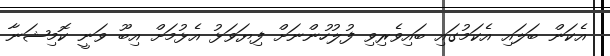
އެކަން ބަލައި އެކަމުގައި ބައިވެރިވި ފުލުހުންނަށް ފިޔަވަޅު އެޅުމަށް އިބޫ ވަނީ ކޮމިޝަނާ